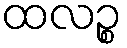
ထလဉ္စ